Annual report on the working of the lock hospitals in the Central Provinces
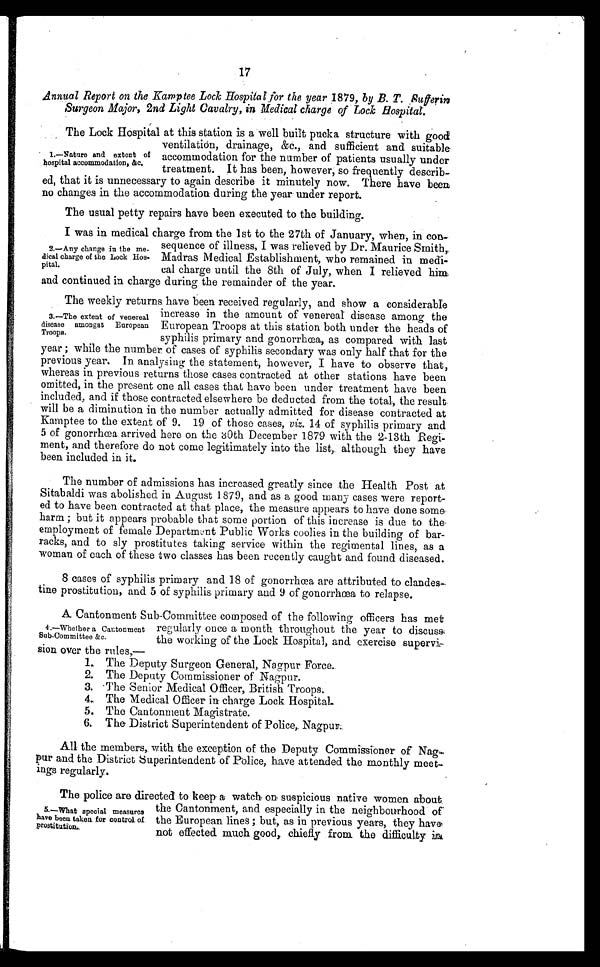
17
Annual Report on the Kamptee Lock Hospital for the year 1879, by B. T. Sufferin
Surgeon Major, 2nd Light Cavalry, in Medical charge of Lock Hospital.
The Lock Hospital at this station is a well built pucka structure with good
ventilation, drainage, &c., and sufficient and suitable
accommodation for the number of patients usually under
treatment. It has been, however, so frequently describ
ed, that it is unnecessary to again describe it minutely now. There have been
no changes in the accommodation during the year under report.
The usual petty repairs have been executed to the building.
I was in medical charge from the 1st to the 27th of January, when, in con
sequence of illness, I was relieved by Dr. Maurice Smith,
Madras Medical Establishment, who remained in medi
cal charge until the 8th of July, when I relieved him
and continued in charge during the remainder of the year.
The weekly returns have been received regularly, and show a considerable
increase in the amount of venereal disease among the
European Troops at this station both under the heads of
syphilis primary and gonorrhœa, as compared with last
year ; while the number of cases of syphilis secondary was only half that for the
previous year. In analysing the statement, however, I have to observe that,
whereas in previous returns those cases contracted at other stations have been
omitted, in the present one all cases that have been under treatment have been
included, and if those contracted elsewhere be deducted from the total, the result
will be a diminution in the number actually admitted for disease contracted at
Kamptee to the extent of 9. 19 of those cases, viz. 14 of syphilis primary and
5 of gonorrhœa arrived here on the 30th December 1879 with the 2-13th Regi
ment, and therefore do not come legitimately into the list,. although they have
been included in it.
The number of admissions has increased greatly since the Health Post at
Sitabaldi was abolished in August 1879, and as a good many cases were report
ed to have been contracted at that place, the measure appears to have done some
harm ; but it appears probable that some portion of this increase is due to the.
employment of female Department Public Works coolies in the building of bar
racks, and to sly prostitutes taking service within the regimental lines, as a
woman of each of these two classes has been recently caught and found diseased.
8 cases of syphilis primary and 18 of gonorrhœa are attributed to clandes
tine prostitution, and 5 of syphilis primary and 9 of gonorrhœa to relapse.
A Cantonment Sub-Committee composed of the following officers has met
regularly once a month throughout the year to discuss
the working of the Lock Hospital, and. exercise supervi
s i o n
o v e r
t h e r u l e s , —
1. The Deputy Surgeon General, Nagpur Force.
2. The Deputy Commissioner of Nagpur.
3. The Senior Medical Officer, British Troops.
4.
The Medical Officer in charge Lock Hospital
.
5.
The Cantonment Magistrate.
6. The District Superintendent of Police, Nagpur.
All the members, with the exception of the Deputy Commissioner of Nag
pur and the District Superintendent of Police, have attended the monthly meet
ings regularly.
The police are directed to keep a watch on suspicious native women about
the Cantonment, and especially in the neighbourhood of
the European lines ; but, as in previous years, they have
not effected much good, chiefly from the difficulty in
1.—Nature and extent of
hospital accommodation, &c.
2.—Any change in the me
dical charge of the Lock Hos
pital.
3.—The extent of venereal
disease amongst European
Troops.
4.—Whether a Cantonment
Sub-Committee &c.
5.—What special measures
have been taken for control of
Prostitution.